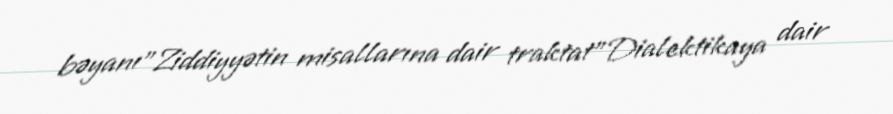
bəyanı"Ziddiyyətin misallarına dair traktat"Dialektikaya dair